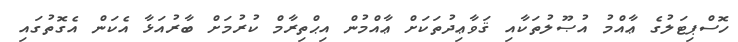
ހޮސްޕިޓަލުގެ ޢާއްމު އުޞޫލުތަކާއި ޤަވާޢިދުތަކަށް ޢާއްމުން އިޙްތިރާމް ކުރުމަށް ބާރުއަޅާ އެކަން އެގޮތުގައި